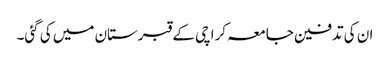
ان کی تدفین جامعہ کراچی کے قبرستان میں کی گئی۔